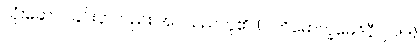
သုံးဆောင်ခြင်းငှာလည်း အပ်သည်ဟူ၏၊ (ပါတိမောက္ခမေဒိနီ၊၂၁၅။)